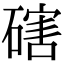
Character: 磍